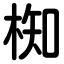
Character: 椥